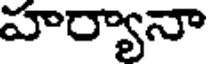
హర్యానా